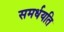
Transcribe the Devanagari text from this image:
समर्धयति